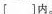
[]内。